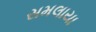
સમલાયા